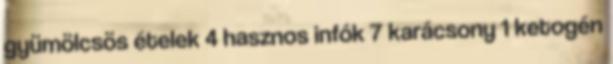
gyümölcsös ételek 4 hasznos infók 7 karácsony 1 ketogén